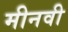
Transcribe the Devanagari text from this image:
मीनवी